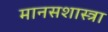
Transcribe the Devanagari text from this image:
मानसशास्त्रा